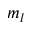
m _ { l }